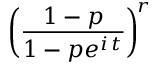
\, { \biggl ( } { \frac { 1 - p } { 1 - p e ^ { i \, t } } } { \biggr ) } ^ { \! r }